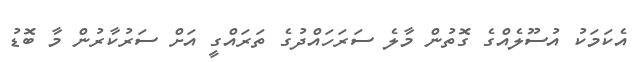
އެކަމަކު އުސޫލެއްގެ ގޮތުން މާލެ ސަރަހައްދުގެ ތަރައްގީ އަށް ސަރުކާރުން މާ ބޮޑު